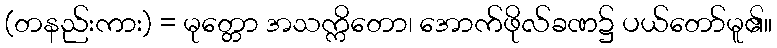
(တနည်းကား) = မုတ္တော အသက္ကိတော၊ အောက်ဖိုလ်ခဏ၌ ပယ်တော်မူ၏။